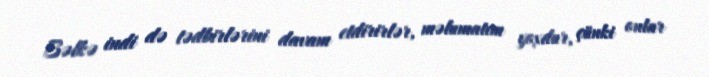
Bəlkə indi də tədbirlərini davam etdirirlər, məlumatım yoxdur, çünki onlar